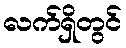
လက်ရှိတွင်